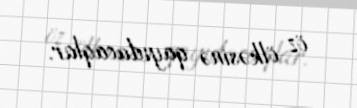
öz ölkəsinə qayıdacaqlar.